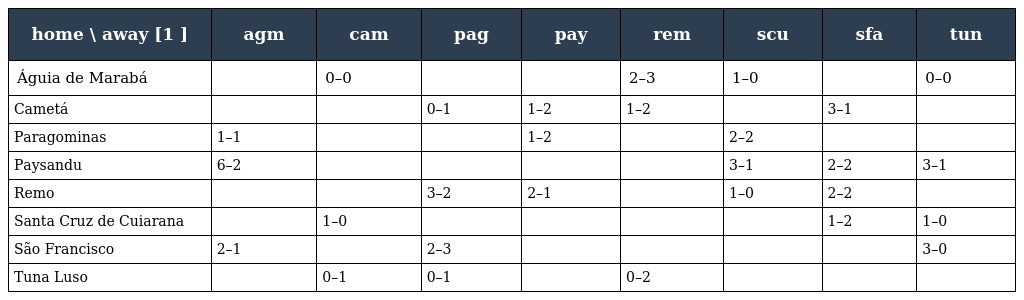
| home \ away [1 ] | agm | cam | pag | pay | rem | scu | sfa | tun |
 | --- | --- | --- | --- | --- | --- | --- | --- | --- |
 | Águia de Marabá |  | 0–0 |  |  | 2–3 | 1–0 |  | 0–0 |
 | Cametá |  |  | 0–1 | 1–2 | 1–2 |  | 3–1 |  |
 | Paragominas | 1–1 |  |  | 1–2 |  | 2–2 |  |  |
 | Paysandu | 6–2 |  |  |  |  | 3–1 | 2–2 | 3–1 |
 | Remo |  |  | 3–2 | 2–1 |  | 1–0 | 2–2 |  |
 | Santa Cruz de Cuiarana |  | 1–0 |  |  |  |  | 1–2 | 1–0 |
 | São Francisco | 2–1 |  | 2–3 |  |  |  |  | 3–0 |
 | Tuna Luso |  | 0–1 | 0–1 |  | 0–2 |  |  |  |